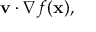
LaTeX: \mathbf { v } \cdot { \nabla f ( \mathbf { x } ) } ,